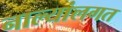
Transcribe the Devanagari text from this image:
नाल्यांलगत